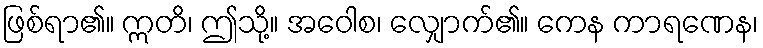
ဖြစ်ရာ၏။ ဣတိ၊ ဤသို့။ အဝေါစ၊ လျှောက်၏။ ကေန ကာရဏေန၊